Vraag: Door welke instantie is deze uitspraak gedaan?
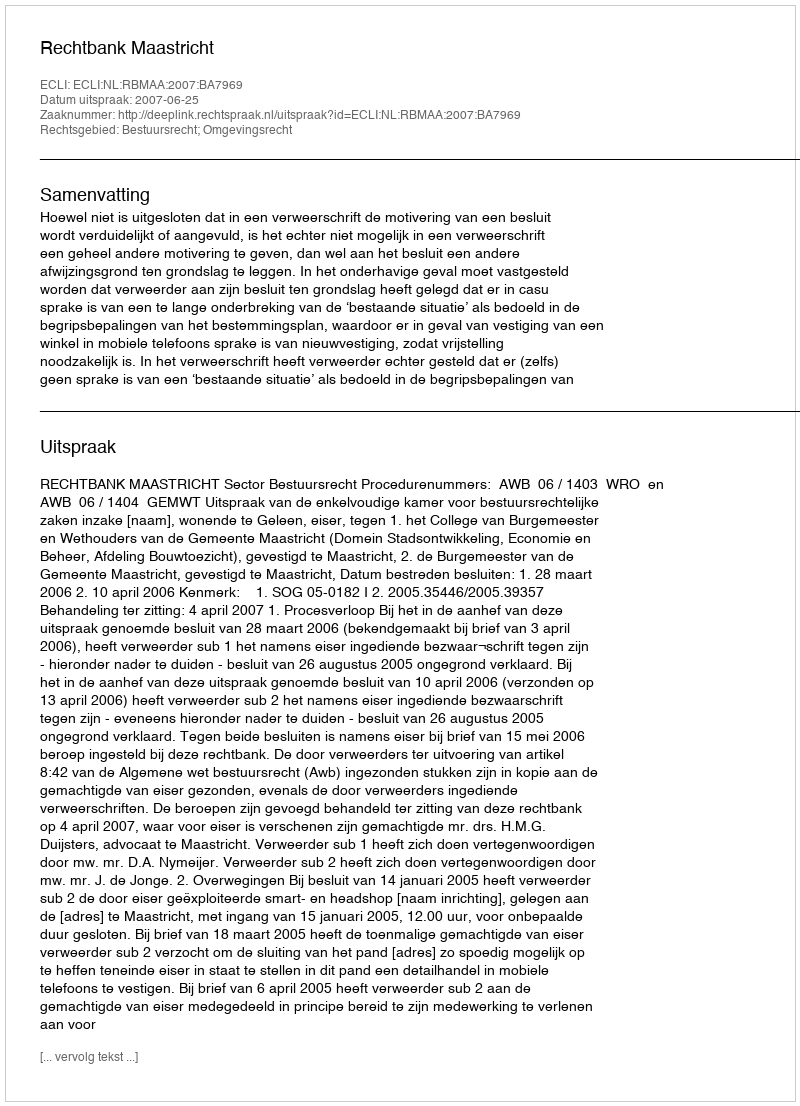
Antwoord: Rechtbank Maastricht